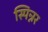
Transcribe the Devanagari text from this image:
स्पिन्नर